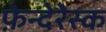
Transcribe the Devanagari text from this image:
फ़ेन्देरेस्क